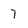
Character: 7